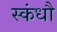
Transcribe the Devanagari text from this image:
स्कंधौ